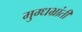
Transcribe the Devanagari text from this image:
मुग्धभ्रांती